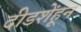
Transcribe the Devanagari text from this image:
दीडशेंहून